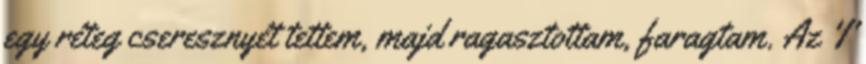
egy réteg cseresznyét tettem, majd ragasztottam, faragtam. Az 'I'